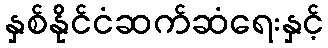
နှစ်နိုင်ငံဆက်ဆံရေးနှင့်